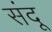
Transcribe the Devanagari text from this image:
संदू